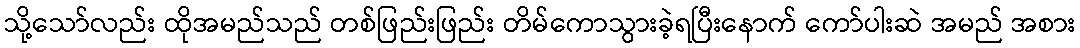
သို့သော်လည်း ထိုအမည်သည် တစ်ဖြည်းဖြည်း တိမ်ကောသွားခဲ့ရပြီးနောက် ကော်ပါးဆဲ အမည် အစား